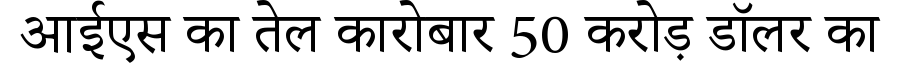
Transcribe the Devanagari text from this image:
आईएस का तेल कारोबार 50 करोड़ डॉलर का